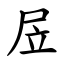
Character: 㞐